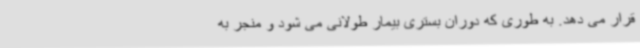
قرار می دهد. به طوری که دوران بستری بیمار طولانی می شود و منجر به